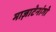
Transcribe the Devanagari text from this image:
माज़ाटेनांगो